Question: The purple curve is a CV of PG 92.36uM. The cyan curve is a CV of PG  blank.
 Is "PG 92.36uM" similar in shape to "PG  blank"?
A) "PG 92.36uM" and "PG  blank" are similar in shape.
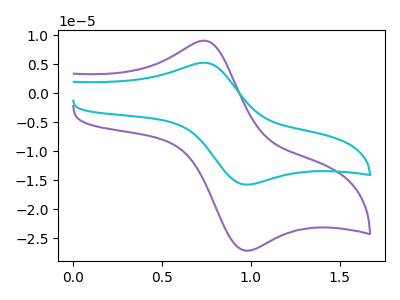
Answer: <think>The purple curve "PG 92.36uM" has an anodic peak at (0.75V, 9.05uA) and a cathodic peak at (1.00V, -27.20uA). The cyan curve "PG  blank" has an anodic peak at (0.75V, 5.25uA) and a cathodic peak at (1.00V, -15.80uA).
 All the peaks in "PG 92.36uM" have a peak in "PG  blank" at the same potential. Every peak in "PG 92.36uM" is higher than every peak in "PG  blank".</think>
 <answer>A) "PG 92.36uM" and "PG  blank" are similar in shape.</answer>
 <eval>A</eval>